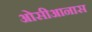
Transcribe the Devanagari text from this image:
ओसीआनास